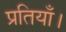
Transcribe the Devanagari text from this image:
प्रतियाँ।